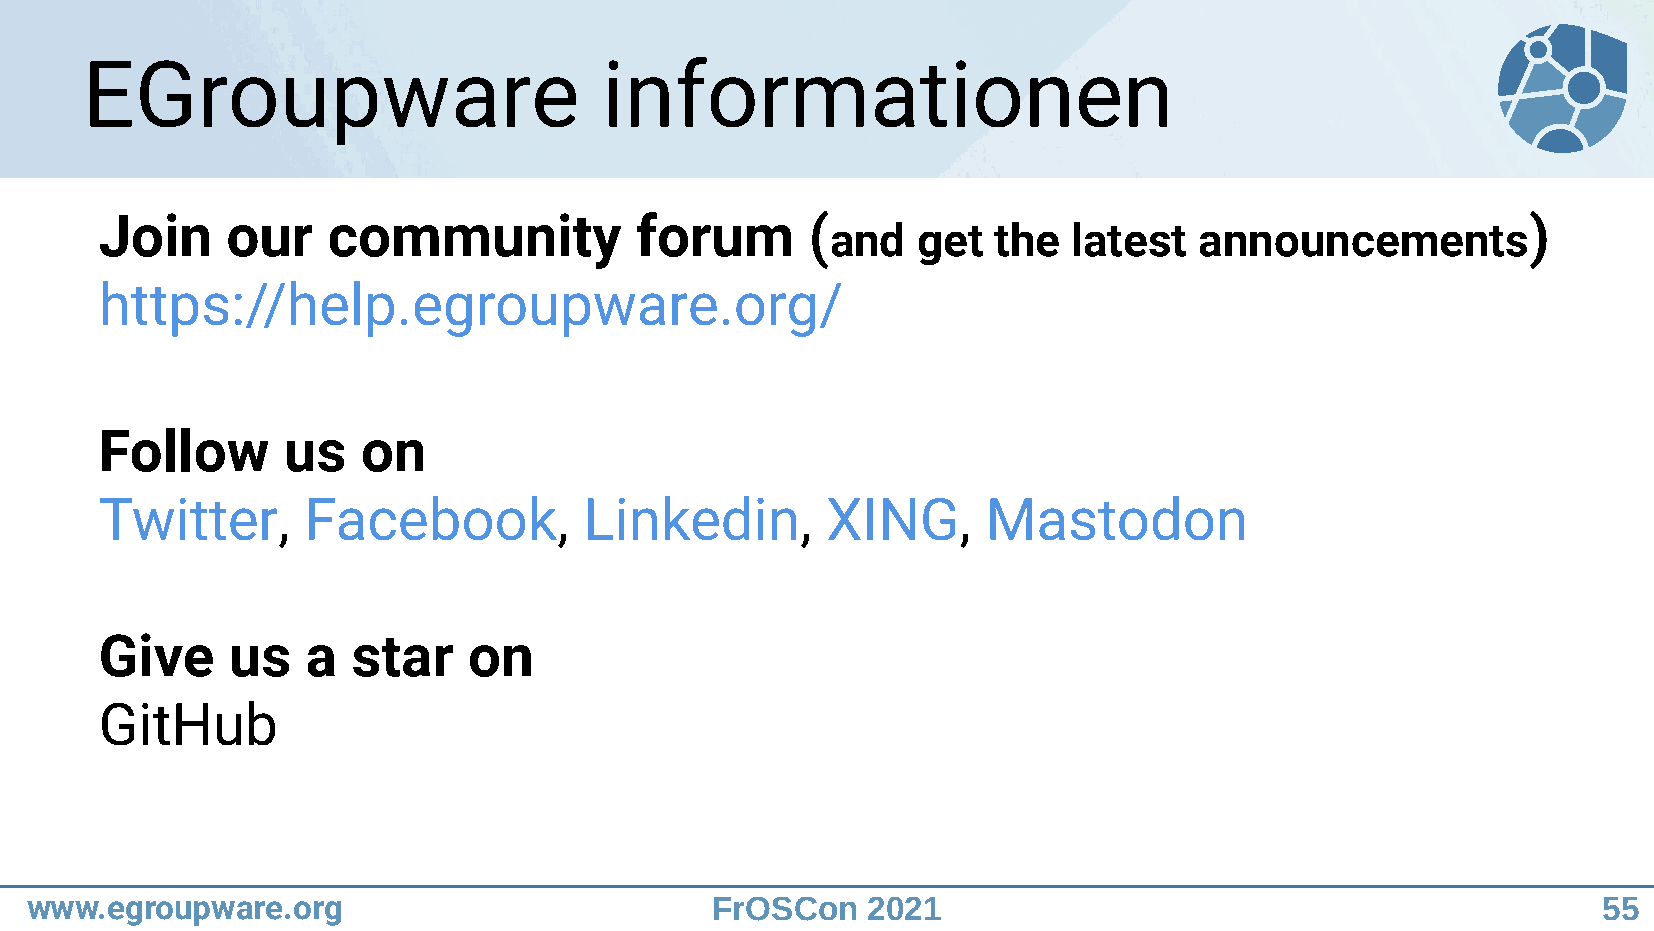
EGroupware                         informationen
 Join    our    community           forum       (                                              )
 and   get  the  latest  announcements
 https://help.egroupware.org/
 Follow      us   on
 Twitter,     Facebook,          Linkedin,       XING,     Mastodon
 Give    us   a  star    on
 GitHub
 www.egroupware.org                           FrOSCon   2021                                             55